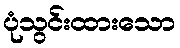
ပုံသွင်းထားသော